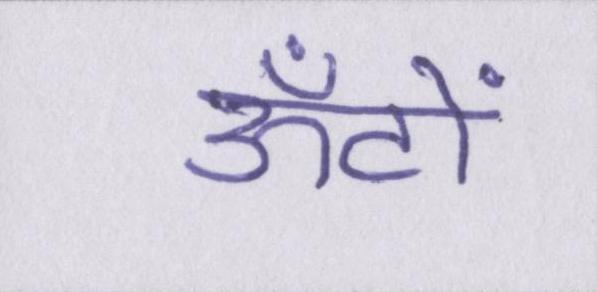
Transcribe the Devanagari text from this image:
ऊँटों